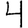
Digit: 4